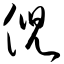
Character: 倪